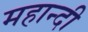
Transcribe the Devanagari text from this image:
महान्दी